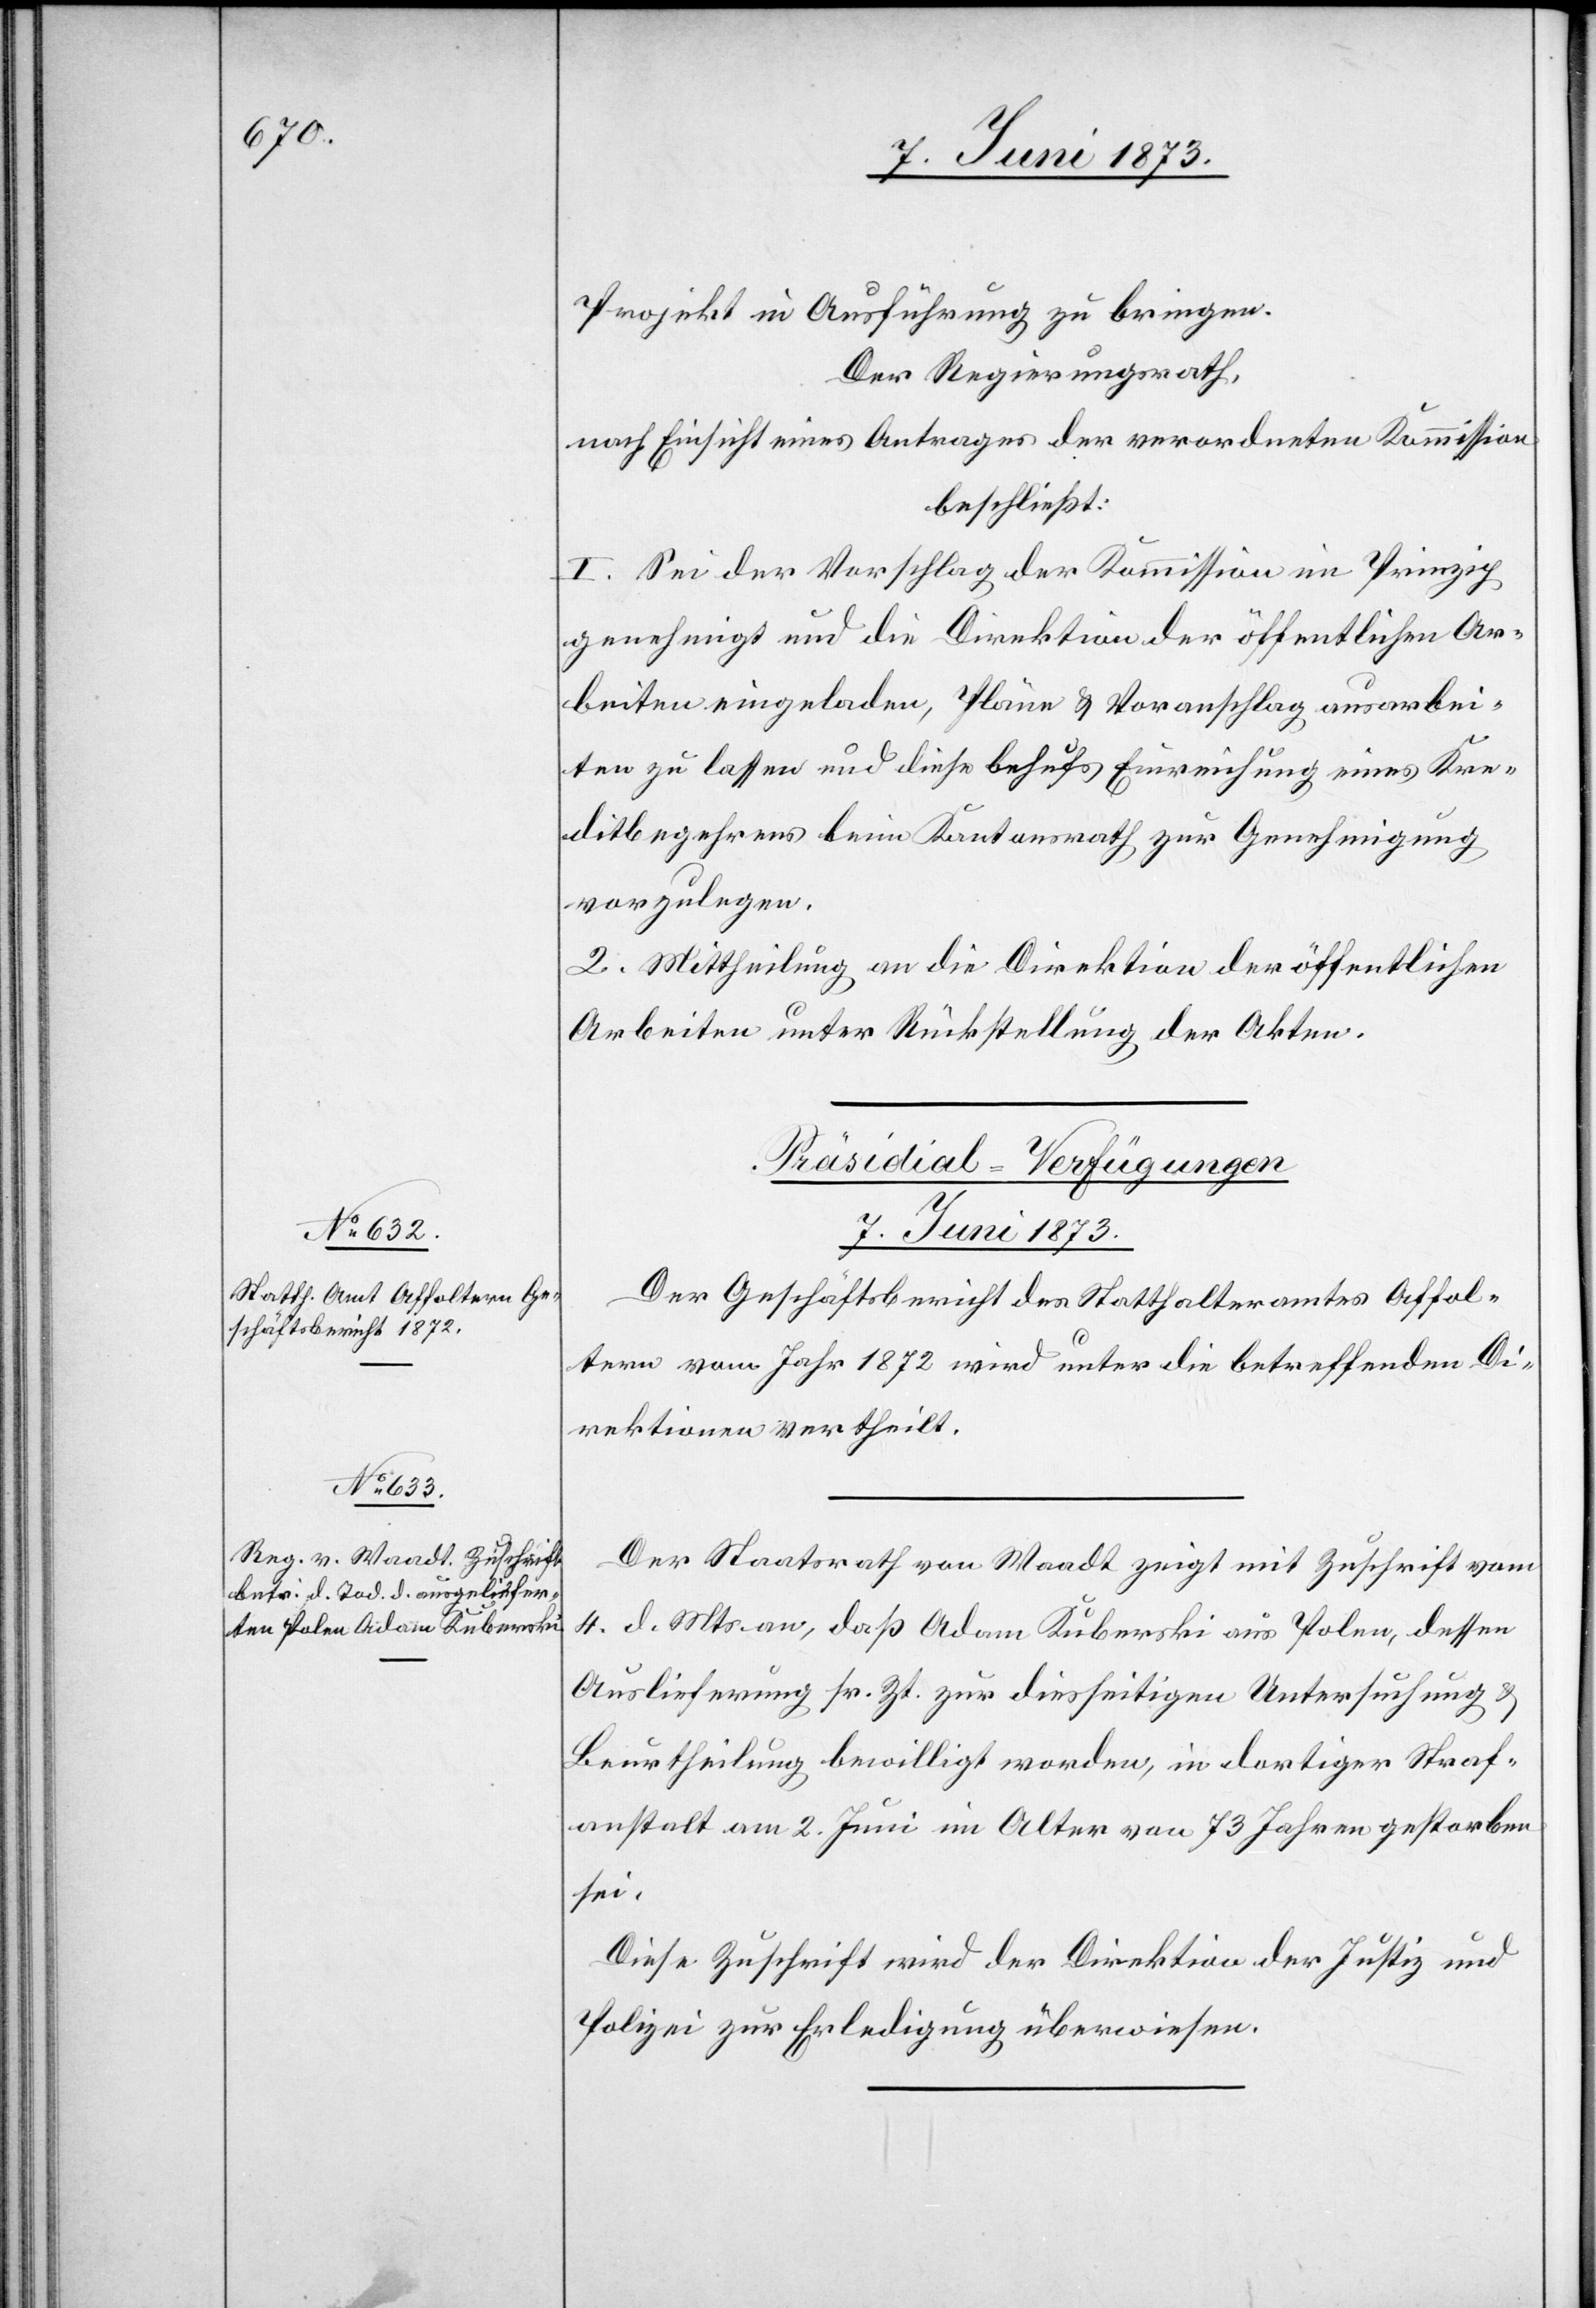
Projekt in Ausführung zu bringen.
Der Regierungsrath,
nach Einsicht eines Antrages der verordneten Kommission
beschließt:
I. Sei der Vorschlag der Kommission im Prinzip
genehmigt und die Direktion der öffentlichen Ar¬
beiten eingeladen, Pläne & Voranschlag ausarbei¬
ten zu lassen und diese behufs Einreichung eines Kre¬
ditbegehrens beim Kantonsrath zur Genehmigung
vorzulegen.
II. Mittheilung an die Direktion der öffentlichen
Arbeiten unter Rückstellung der Akten.
[Präsidial-Verfügungen
7. Juni 1873.]
Der Geschäftsbericht des Statthalteramtes Affol¬
tern vom Jahr 1872 wird unter die betreffenden Di¬
rektionen vertheilt.
Der Staatsrath von Waadt zeigt mit Zuschrift vom
4. d. Mts. an, daß Adam Kuberski aus Polen, dessen
Auslieferung sr. Zt. zur diesseitigen Untersuchung &
Beurtheilung bewilligt worden, in dortiger Straf¬
anstalt am 2. Juni im Alter von 73 Jahren gestorben
sei.
Diese Zuschrift wird der Direktion der Justiz und
Polizei zur Erledigung überwiesen.